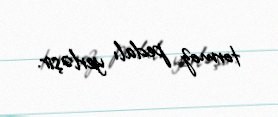
tormoz pedalı yerləşir.